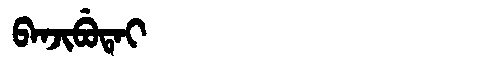
Manchu: ᠪᠠᠨᠵᡳᠪᡠᡨᠠᡳ
Romanization: BANJIBUTAI